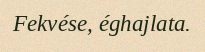
Fekvése, éghajlata.